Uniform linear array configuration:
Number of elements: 8
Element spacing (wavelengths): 0.5
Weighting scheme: binomial
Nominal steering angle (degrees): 45
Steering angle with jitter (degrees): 45.301
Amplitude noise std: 0.05
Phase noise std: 0.05

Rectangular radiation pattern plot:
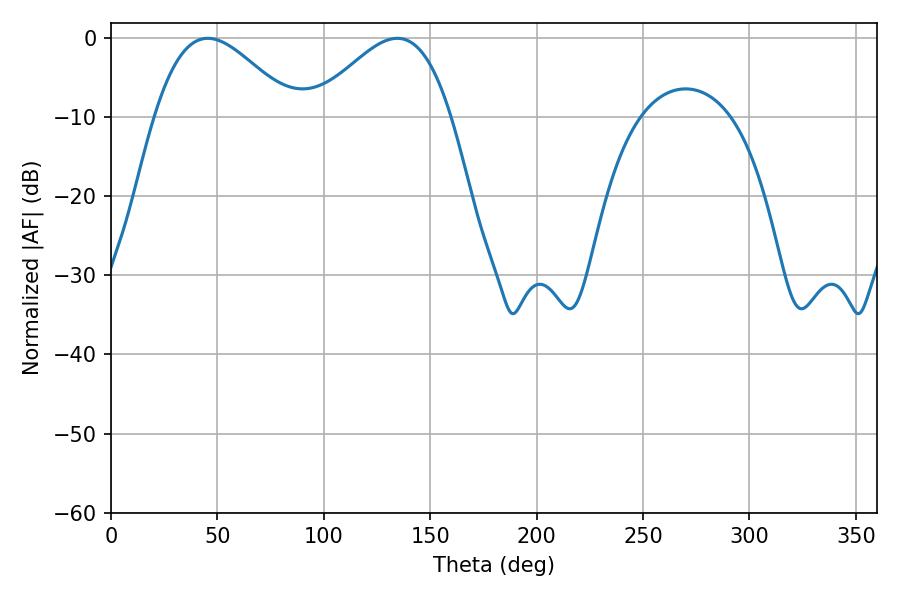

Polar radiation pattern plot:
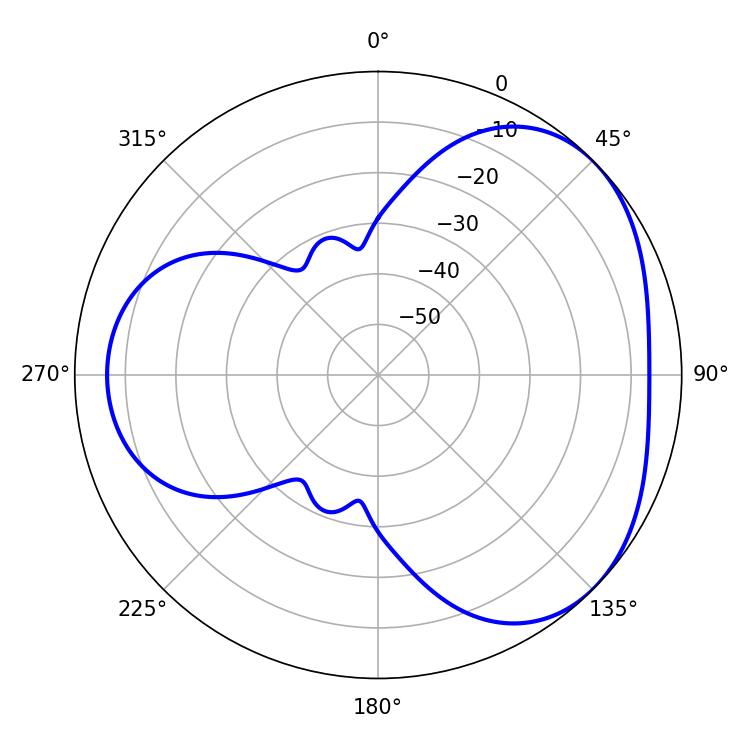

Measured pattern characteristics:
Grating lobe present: FALSE
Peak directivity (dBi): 3.643
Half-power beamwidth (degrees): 34.92
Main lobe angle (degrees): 45.54